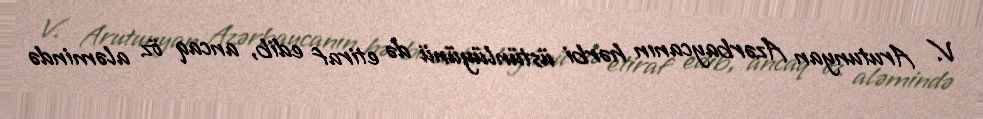
V. Arutunyan Azərbaycanın hərbi üstünlüyünü də etiraf edib, ancaq öz aləmində